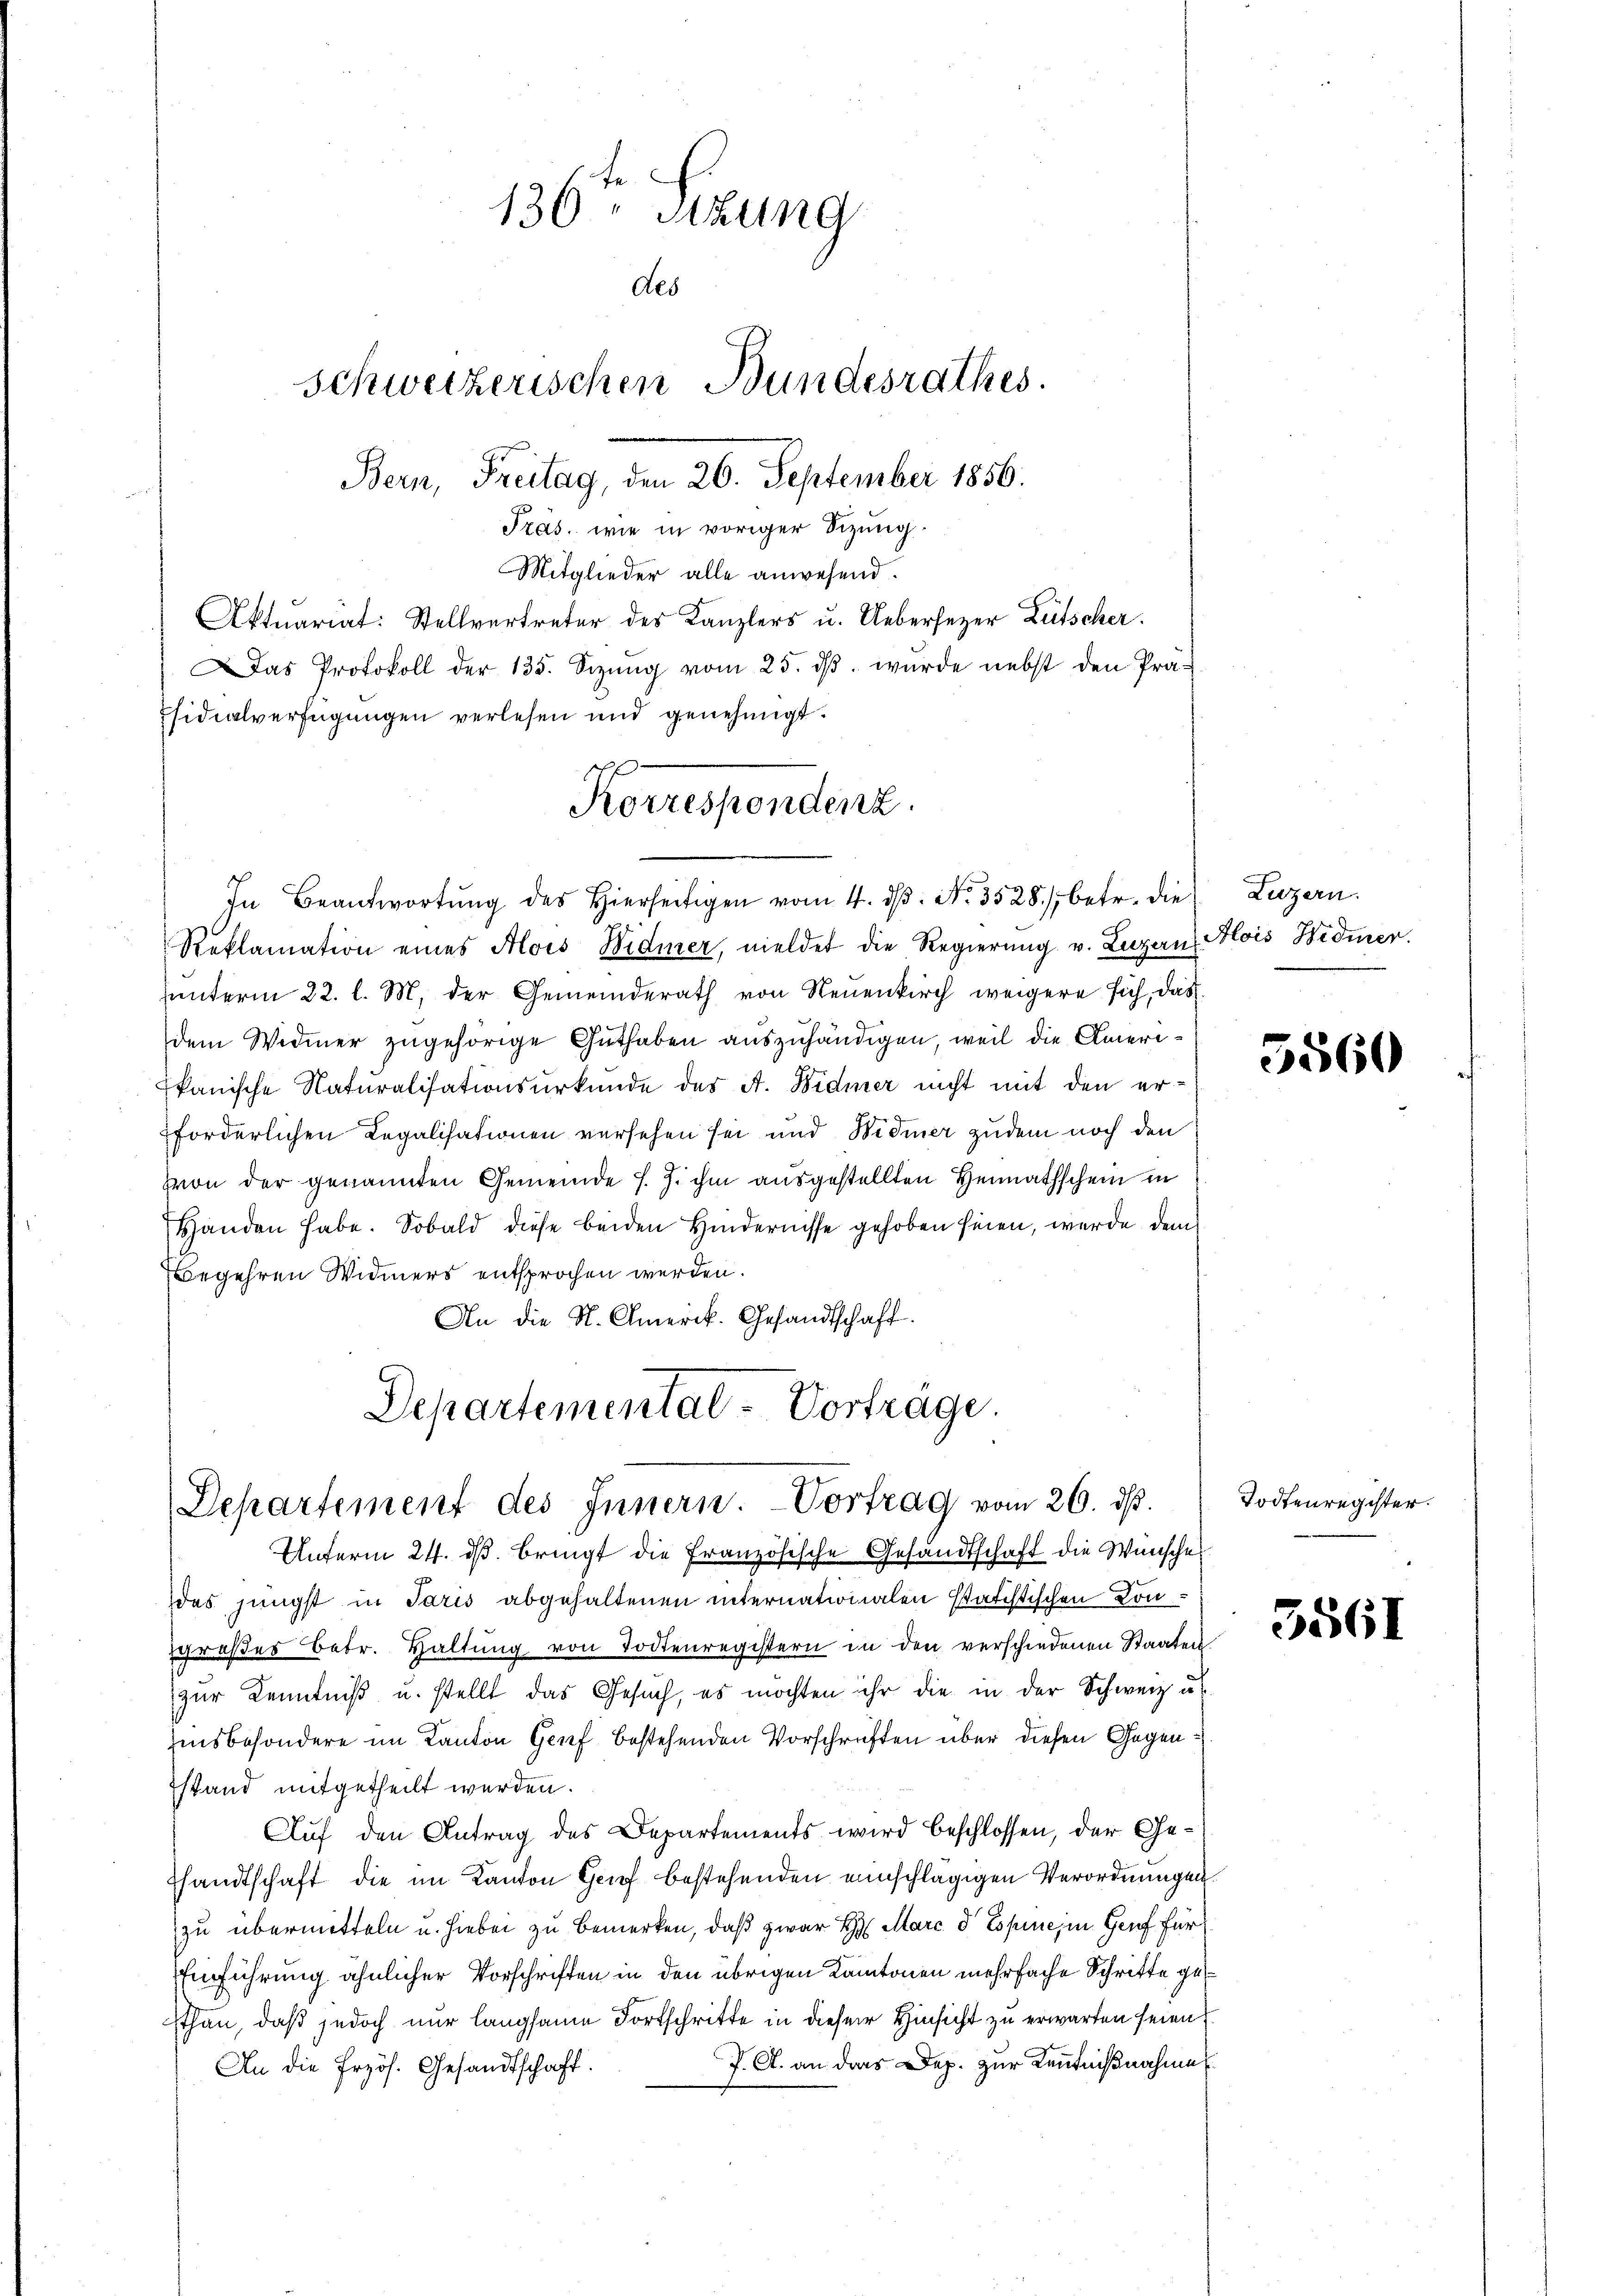
Mitglieder alle anwesend.
Aktuariat: Stellvertreter des Kanzlers u. Uebersezer Lütscher
as Protokoll der 135. Sizŭng vom 25. dβ. wurde nebst den Prä-
fsidialverfügungen verlesen und genehmigt.
s

136ten Sizung
des
Schweizerischen Bundesrathes.
Bern, Freitag, den 26. September 1856.
Pras. wie in voriger Sizung.

Korrespondenz.
In Beantwortŭng des hierseitigen vom 4. dβ. No. 3528), betr. die Luzern.

Reklamation eines Alois Widmer, meldet die Regierung v. Luzern Alois Hidmer.
unterm 22. l. M. der Gemeinderath von Neuenkirch weigere sich, das
dem Widmer zugehörige Guthaben auszuhändigen, weil die Amerippanische Naturalisationsurkunde des A. Bidmer nicht mit den erforderlichen Legalisationen versehen sei und Widmer zudem noch den
Von der genannten Gemeinde J. J. ihm ausgestellten Heimathschein in
Handen habe. Sobald diese beiden Hindernisse gehoben seien, werde dem
Begehren Widmers entsprochen werden.
An die St. Amerik. Gesandtschaft.
Departemental-Vorträge.

Departement des Innern. Vortrag vom 26. ds.

Unterm 24. ds. bringt die Französische Gesandtschaft die Wünsche
des jüngst in Paris abgehaltenen internationalen statistischen Congroβes betr. Haltŭng von Todtenregistern in den verschiedenen Staaten
zur Kenntniß u. stellt das Gesuch, es möchten ihr die in der Schweiz u
insbesondere im Kanton Genf bestehenden Vorschriften über diesen Gegenstand mitgetheilt werden.
Auf den Antrag des Departements wird beschlossen, der Gesandtschaft die im Kanton Grief bestehenden einschlägigen Verordnungen
zu übermitteln u. hiebei zu bemerken, daß zwar H. Marc d Espines in Genf für
Einführung ähnlicher Vorschriften in den übrigen Kantonen mehrfache Schritte gethan, daß jedoch nur langsame Fortschritte in dieser Hinsicht zu erwarten seien,
J. A. an das Dep. zur Kenntnißnahme
An die Erzös. Gesandtschaft.

5560

Todtenregister.

3561